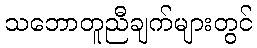
သဘောတူညီချက်များတွင်